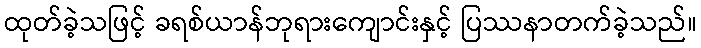
ထုတ်ခဲ့သဖြင့် ခရစ်ယာန်ဘုရားကျောင်းနှင့် ပြဿနာတက်ခဲ့သည်။